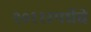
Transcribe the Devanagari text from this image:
२०११स्पर्धेचे